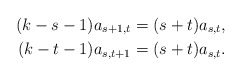
\begin{align*} (k-s-1)a_{s+1,t} & = (s+t)a_{s,t} , \\ (k-t-1)a_{s,t+1} & = (s+t)a_{s,t} . \end{align*}